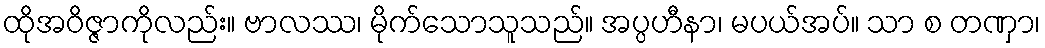
ထိုအဝိဇ္ဇာကိုလည်း။ ဗာလဿ၊ မိုက်သောသူသည်။ အပ္ပဟီနာ၊ မပယ်အပ်။ သာ စ တဏှာ၊